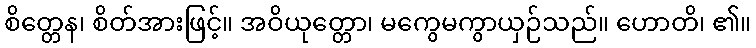
စိတ္တေန၊ စိတ်အားဖြင့်။ အဝိယုတ္တော၊ မကွေမကွာယှဉ်သည်။ ဟောတိ၊ ၏။